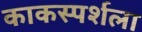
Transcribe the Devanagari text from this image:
काकस्पर्शला